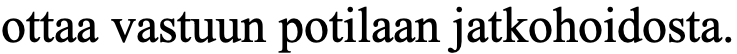
ottaa vastuun potilaan jatkohoidosta.